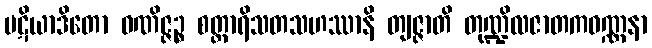
ပဋိယာဒိတော ဝဏိဇ္ဇဉ္စ စတ္တာရိသတသဟဿာနိ တျဇ္ဇာတိ တုဏ္ဍိလဇာတကဝဏ္ဏနာ